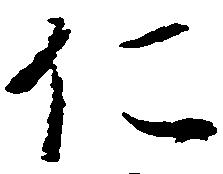
仁